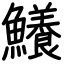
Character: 鱶